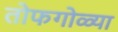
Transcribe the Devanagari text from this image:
तोफगोळ्या